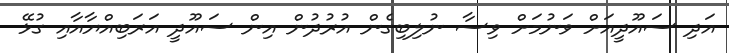
އަދި ސައޫދީއަށް ވަނުމަށް ވިސާ ނުލިބިގެން އުރުދުން އިން ސައޫދީ އަރަބިއްޔާއާއި ގުޅޭ